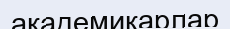
академикарлар